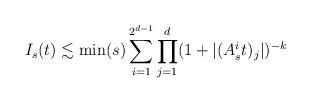
LaTeX: \begin{align*}I_s(t) \lesssim \min(s)\sum_{i=1}^{2^{d-1}}\prod_{j=1}^d(1+|(A^i_s t)_j|)^{-k}\end{align*}